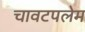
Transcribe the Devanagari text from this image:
चावटपलेम